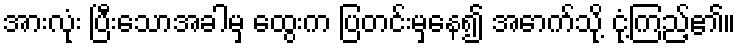
အားလုံး ပြီးသောအခါမှ ထွေးက ပြတင်းမှနေ၍ အောက်သို့ ငုံ့ကြည့်၏။